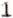
1